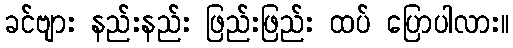
ခင်ဗျား နည်းနည်း ဖြည်းဖြည်း ထပ် ပြောပါလား။